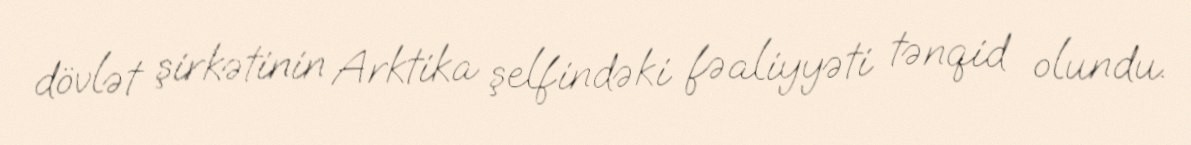
dövlət şirkətinin Arktika şelfindəki fəaliyyəti tənqid olundu.